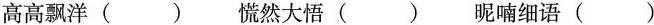
高高飘洋() 慌然大悟() 昵喃细语()